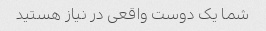
شما یک دوست واقعی در نیاز هستید